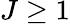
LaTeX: J\geq 1